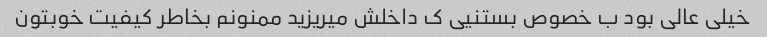
خیلی عالی بود ب خصوص بستنیی ک داخلش میریزید ممنونم بخاطر کیفیت خوبتون